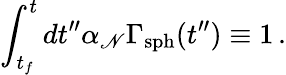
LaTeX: \int_{t_{f}}^{t}dt^{\prime\prime}\alpha_{\mathscr{N}}\Gamma_{\mathrm{{sph}}}(t^{\prime\prime})\equiv1\, .